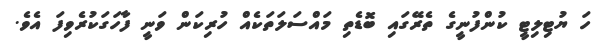
ހަ ޔުޓިލިޓީ ކުންފުނީގެ ތެރޭގައި ބޮޑެތި މައްސަލަތަކެއް ހުރިކަން ވަނީ ފާހަގަކުރެވިފަ އެވެ.